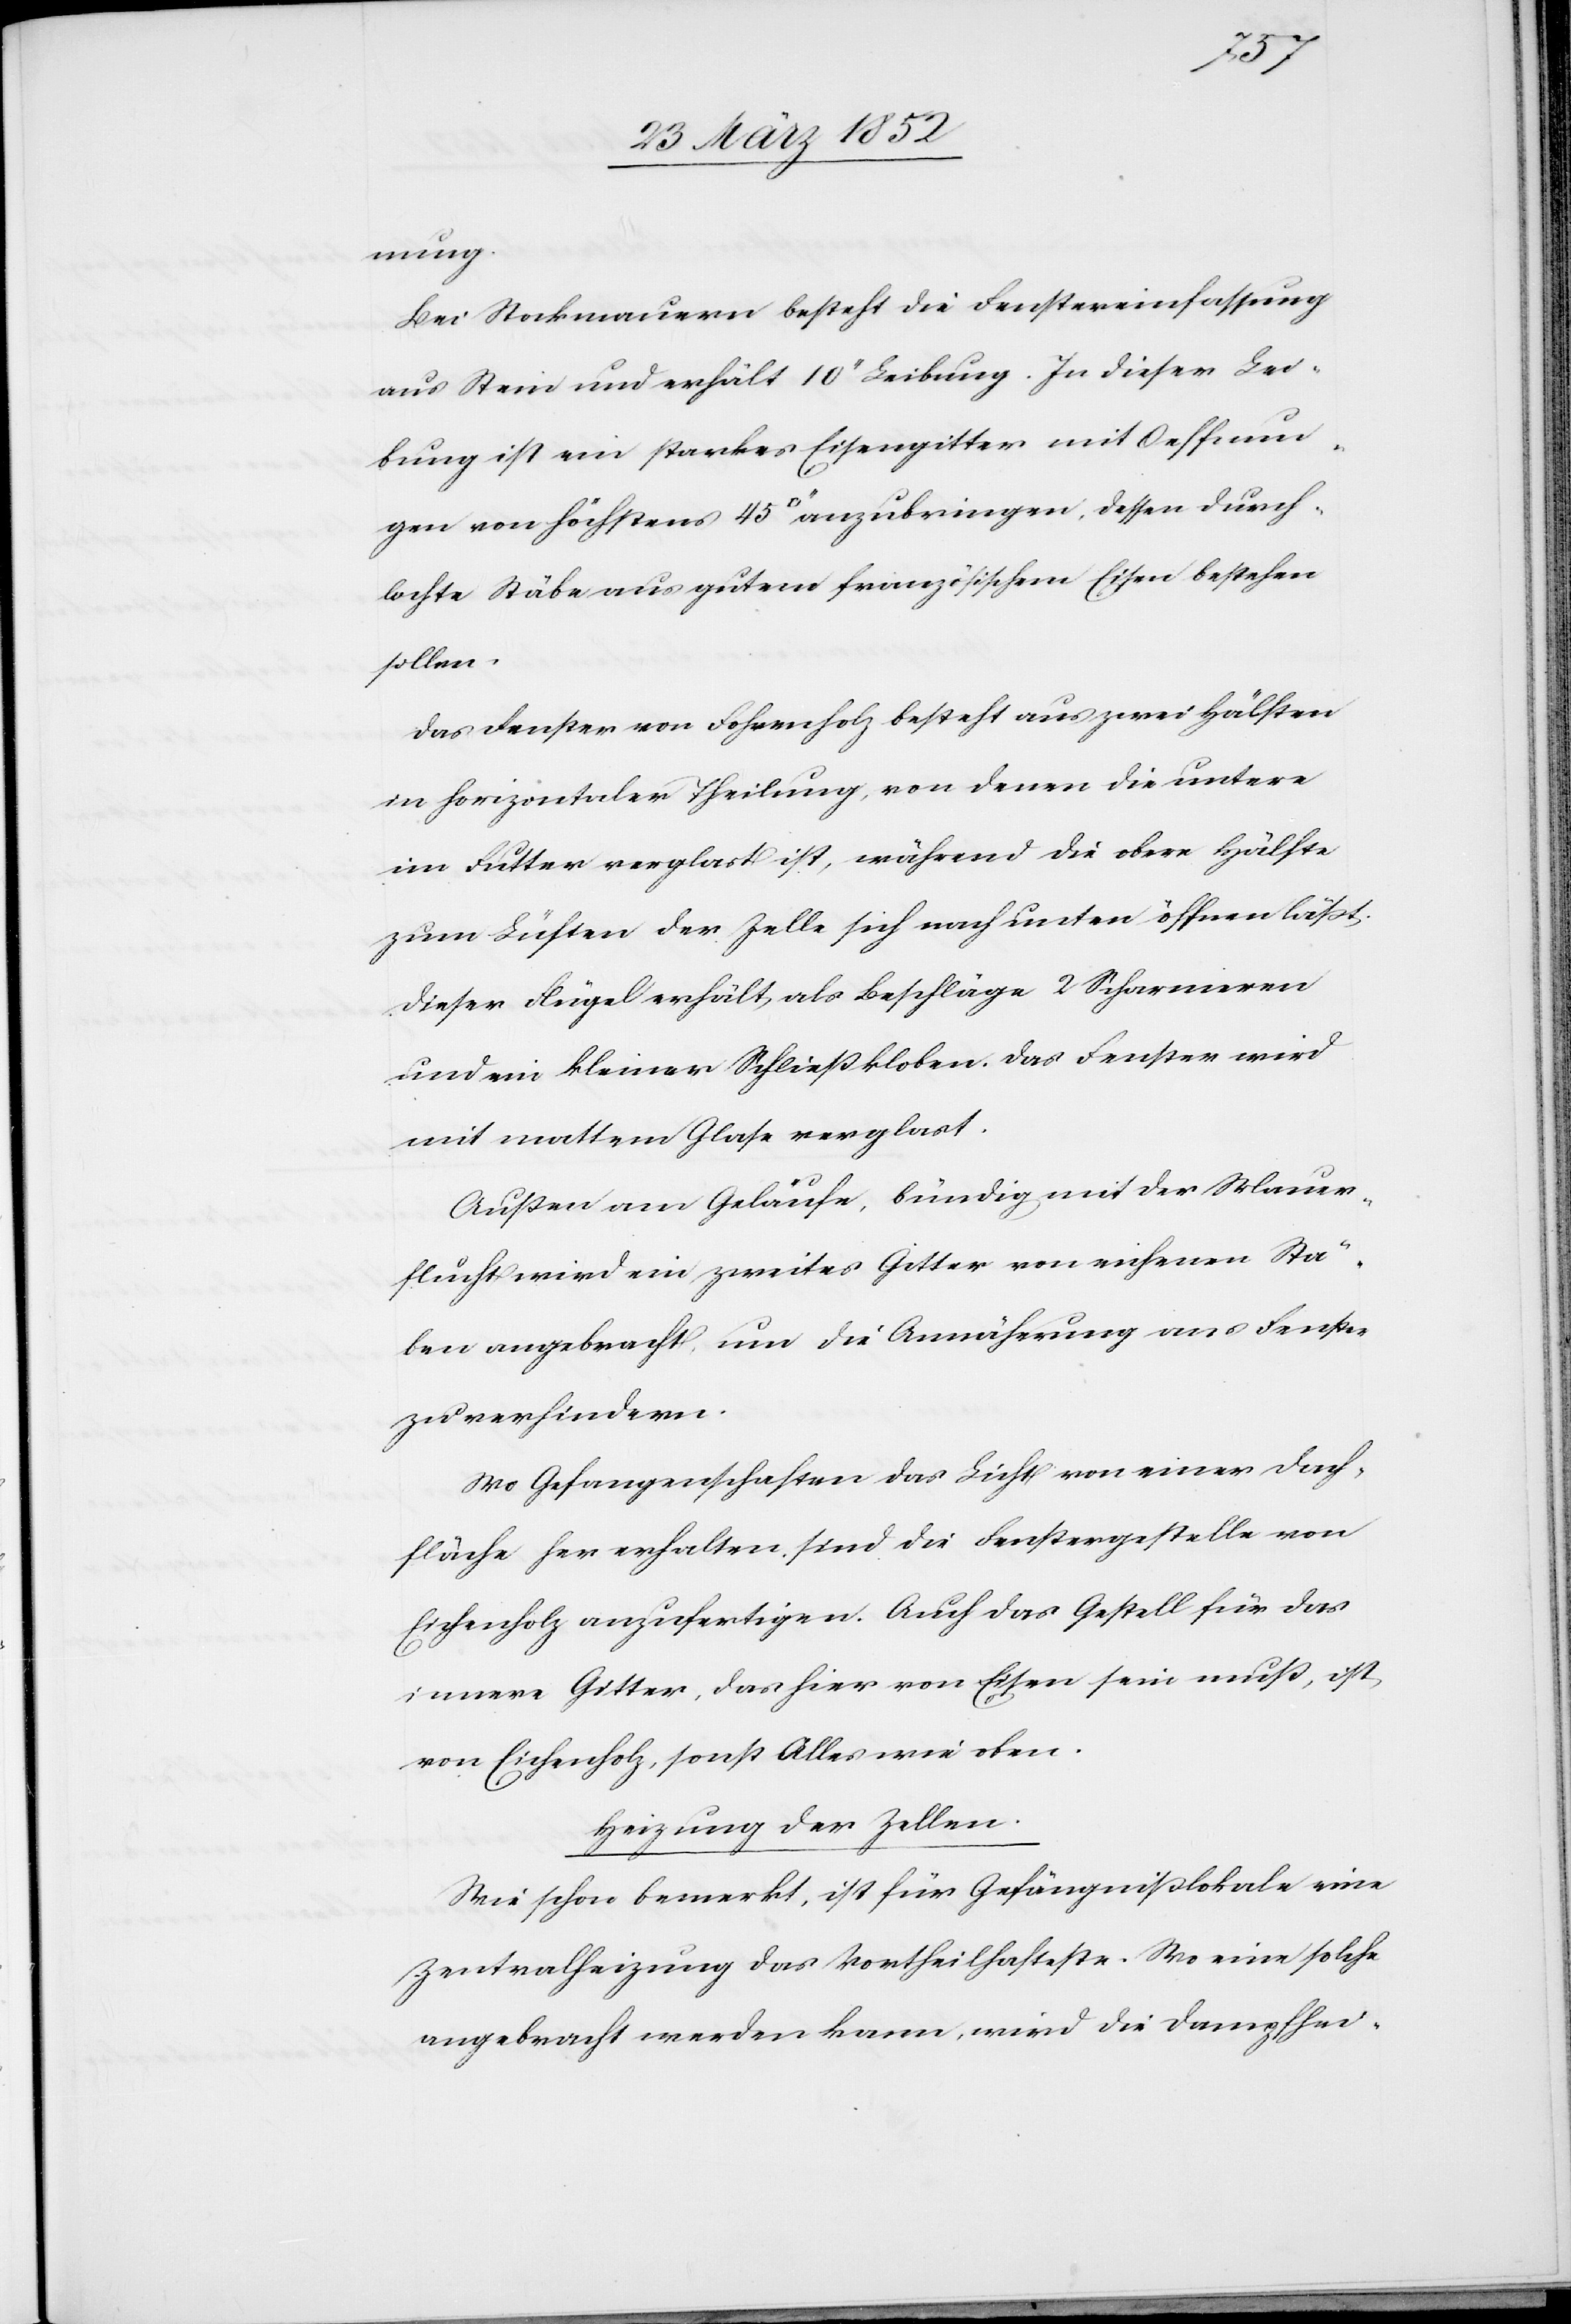
nung.
Bei Stockmauern besteht die Fenstereinfassung
aus Stein und erhält 10‘‘ Leibung. In dieser Lei¬
bung ist ein starkes Eisengitter mit Oeffnun¬
gen von höchstens 45 [Quadratzoll] anzubringen, dessen durch¬
lochte Stäbe aus gutem französischem Eisen bestehen
sollen.
Das Fenster von Fohrenholz besteht aus zwei Hälften
in horizontaler Theilung, von denen die untere
im Futter verglast ist, während die obere Hälfte
zum Lüften der Zelle sich nach unten öffnen läßt.
Dieser Flügel erhält als Beschläge 2 Scharnieren
und ein kleiner Schließkloben. Das Fenster wird
mit mattem Glase verglast.
Außen am Geläufe, bündig mit der Mauer¬
flucht wird ein zweites Gitter von eichenen Stä¬
ben angebracht, um die Annäherung ans Fenster
zu verhindern.
Wo Gefangenschaften das Licht von einer Dach¬
fläche her erhalten, sind die Fenstergestelle von
Eichenholz anzufertigen. Auch das Gestell für das
innere Gitter, das hier von Eisen sein muß, ist
von Eichenholz, sonst Alles wie oben.
Heizung der Zellen.
Wie schon bemerkt, ist für Gefängnißlokale eine
Zentralheizung das Vortheilhafteste. Wo eine solche
angebracht werden kann, wird die Dampfheiz-